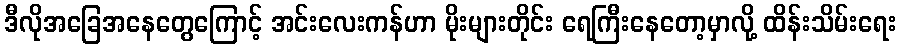
ဒီလိုအခြေအနေတွေကြောင့် အင်းလေးကန်ဟာ မိုးများတိုင်း ရေကြီးနေတော့မှာလို့ ထိန်းသိမ်းရေး